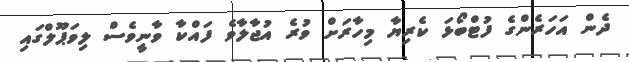
ދެން އަހަރެންގެ ފުޓްބޯޅަ ކެރިޔާ މިހާރަށް ވުރެ އުޖާލާވެ ފައްކާ ވާނީވެސް ލިވަޕޫލްގައި